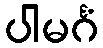
ပါမင်္ဂံ